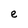
Character: e